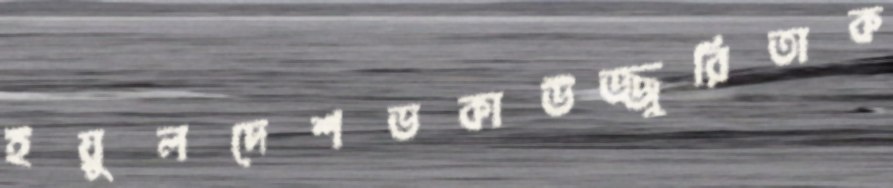
ইয়ুলদেশভকাউজ্জুরিতাক